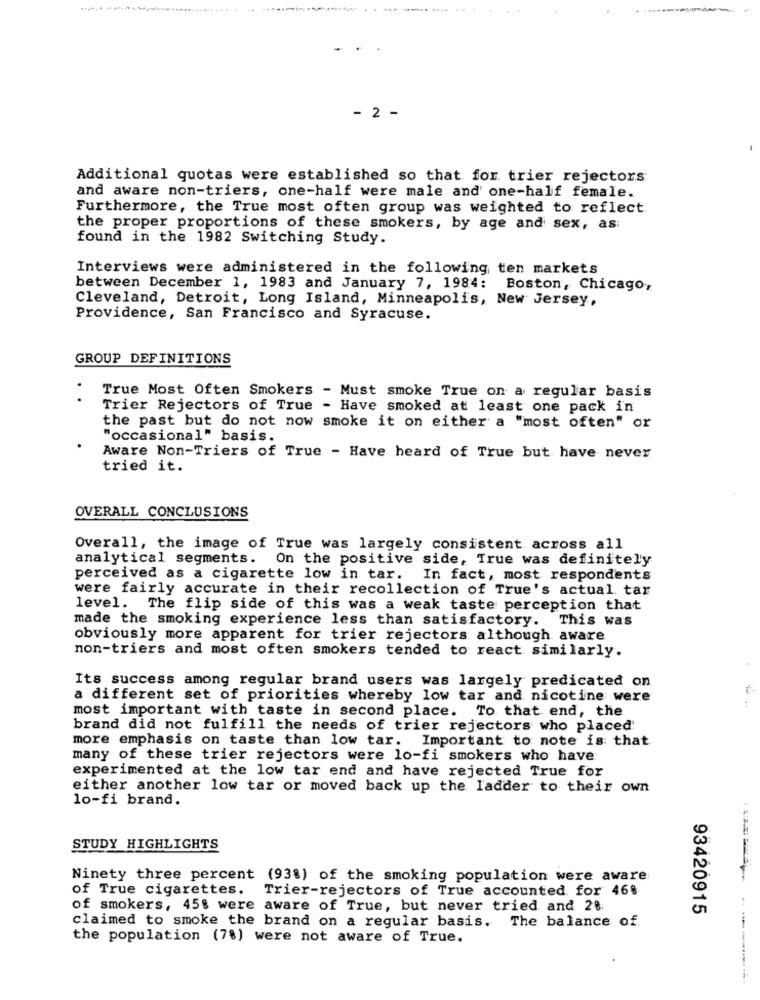
...
- 2 -
Additional quotas were established so that for trier rejectors
and aware non-triers, one-half were male and one-half female.
Furthermore, the True most often group was weighted to reflect.
the proper proportions of these smokers, by age and sex, as
found in the 1982 Switching Study.
Interviews were administered in the following ten markets
between December 1, 1983 and January 7, 1984: Boston, Chicago,
Cleveland, Detroit, Long Island, Minneapolis, New Jersey,
Providence, San Francisco and Syracuse.
GROUP DEFINITIONS
True Most Often Smokers - Must smoke True on a regular basis
Trier Rejectors of True
- Have smoked at least one pack in
the past but do not now smoke it on either a "most often" or
"occasional" basis.
Aware Non-Triers of True - Have heard of True but have never
tried it.
OVERALL CONCLUSIONS
Overall, the image of True was largely consistent across all
analytical segments. On the positive side, True was definitely
perceived as a cigarette low in tar.
In fact, most respondents
were fairly accurate in their recollection of True's actual tar
level. The flip side of this was a weak taste perception that
made the smoking experience less than satisfactory.
This was
obviously more apparent for trier rejectors although aware
non-triers and most often smokers tended to react similarly.
Its success among regular brand users was largely predicated on
a different set of priorities whereby low tar and nicotine were
most important with taste in second place. To that. end, the
brand did not fulfill the needs of trier rejectors who placed!
more emphasis on taste than low tar. Important to note is that
many of these trier rejectors were lo-fi smokers who have
experimented at the low tar end and have rejected True for
either another low tar or moved back up the ladder to their own
lo-fi brand.
STUDY HIGHLIGHTS
Ninety three percent (93%) of the smoking population were aware
of True cigarettes.
Trier-rejectors of True accounted for 46%
of smokers, 45% were aware of True, but never tried and 28:
93420915
claimed to smoke the brand on a regular basis. The balance of
the population (7%) were not aware of True.
.-------.